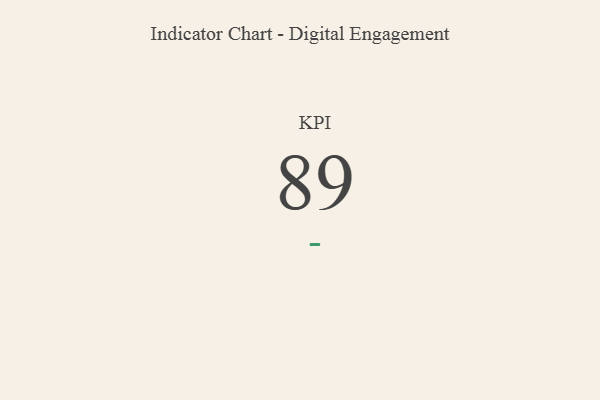
{"axis": {"x": "KPI", "y": "Value"}, "legend": [""], "data": [{"x": "KPI", "y": 89, "type": ""}]}